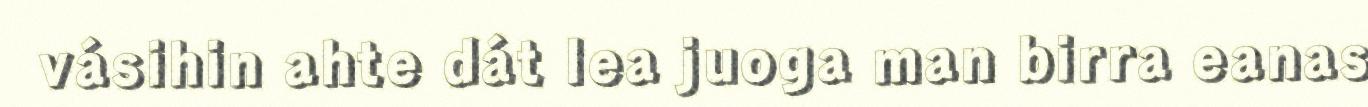
vásihin ahte dát lea juoga man birra eanas